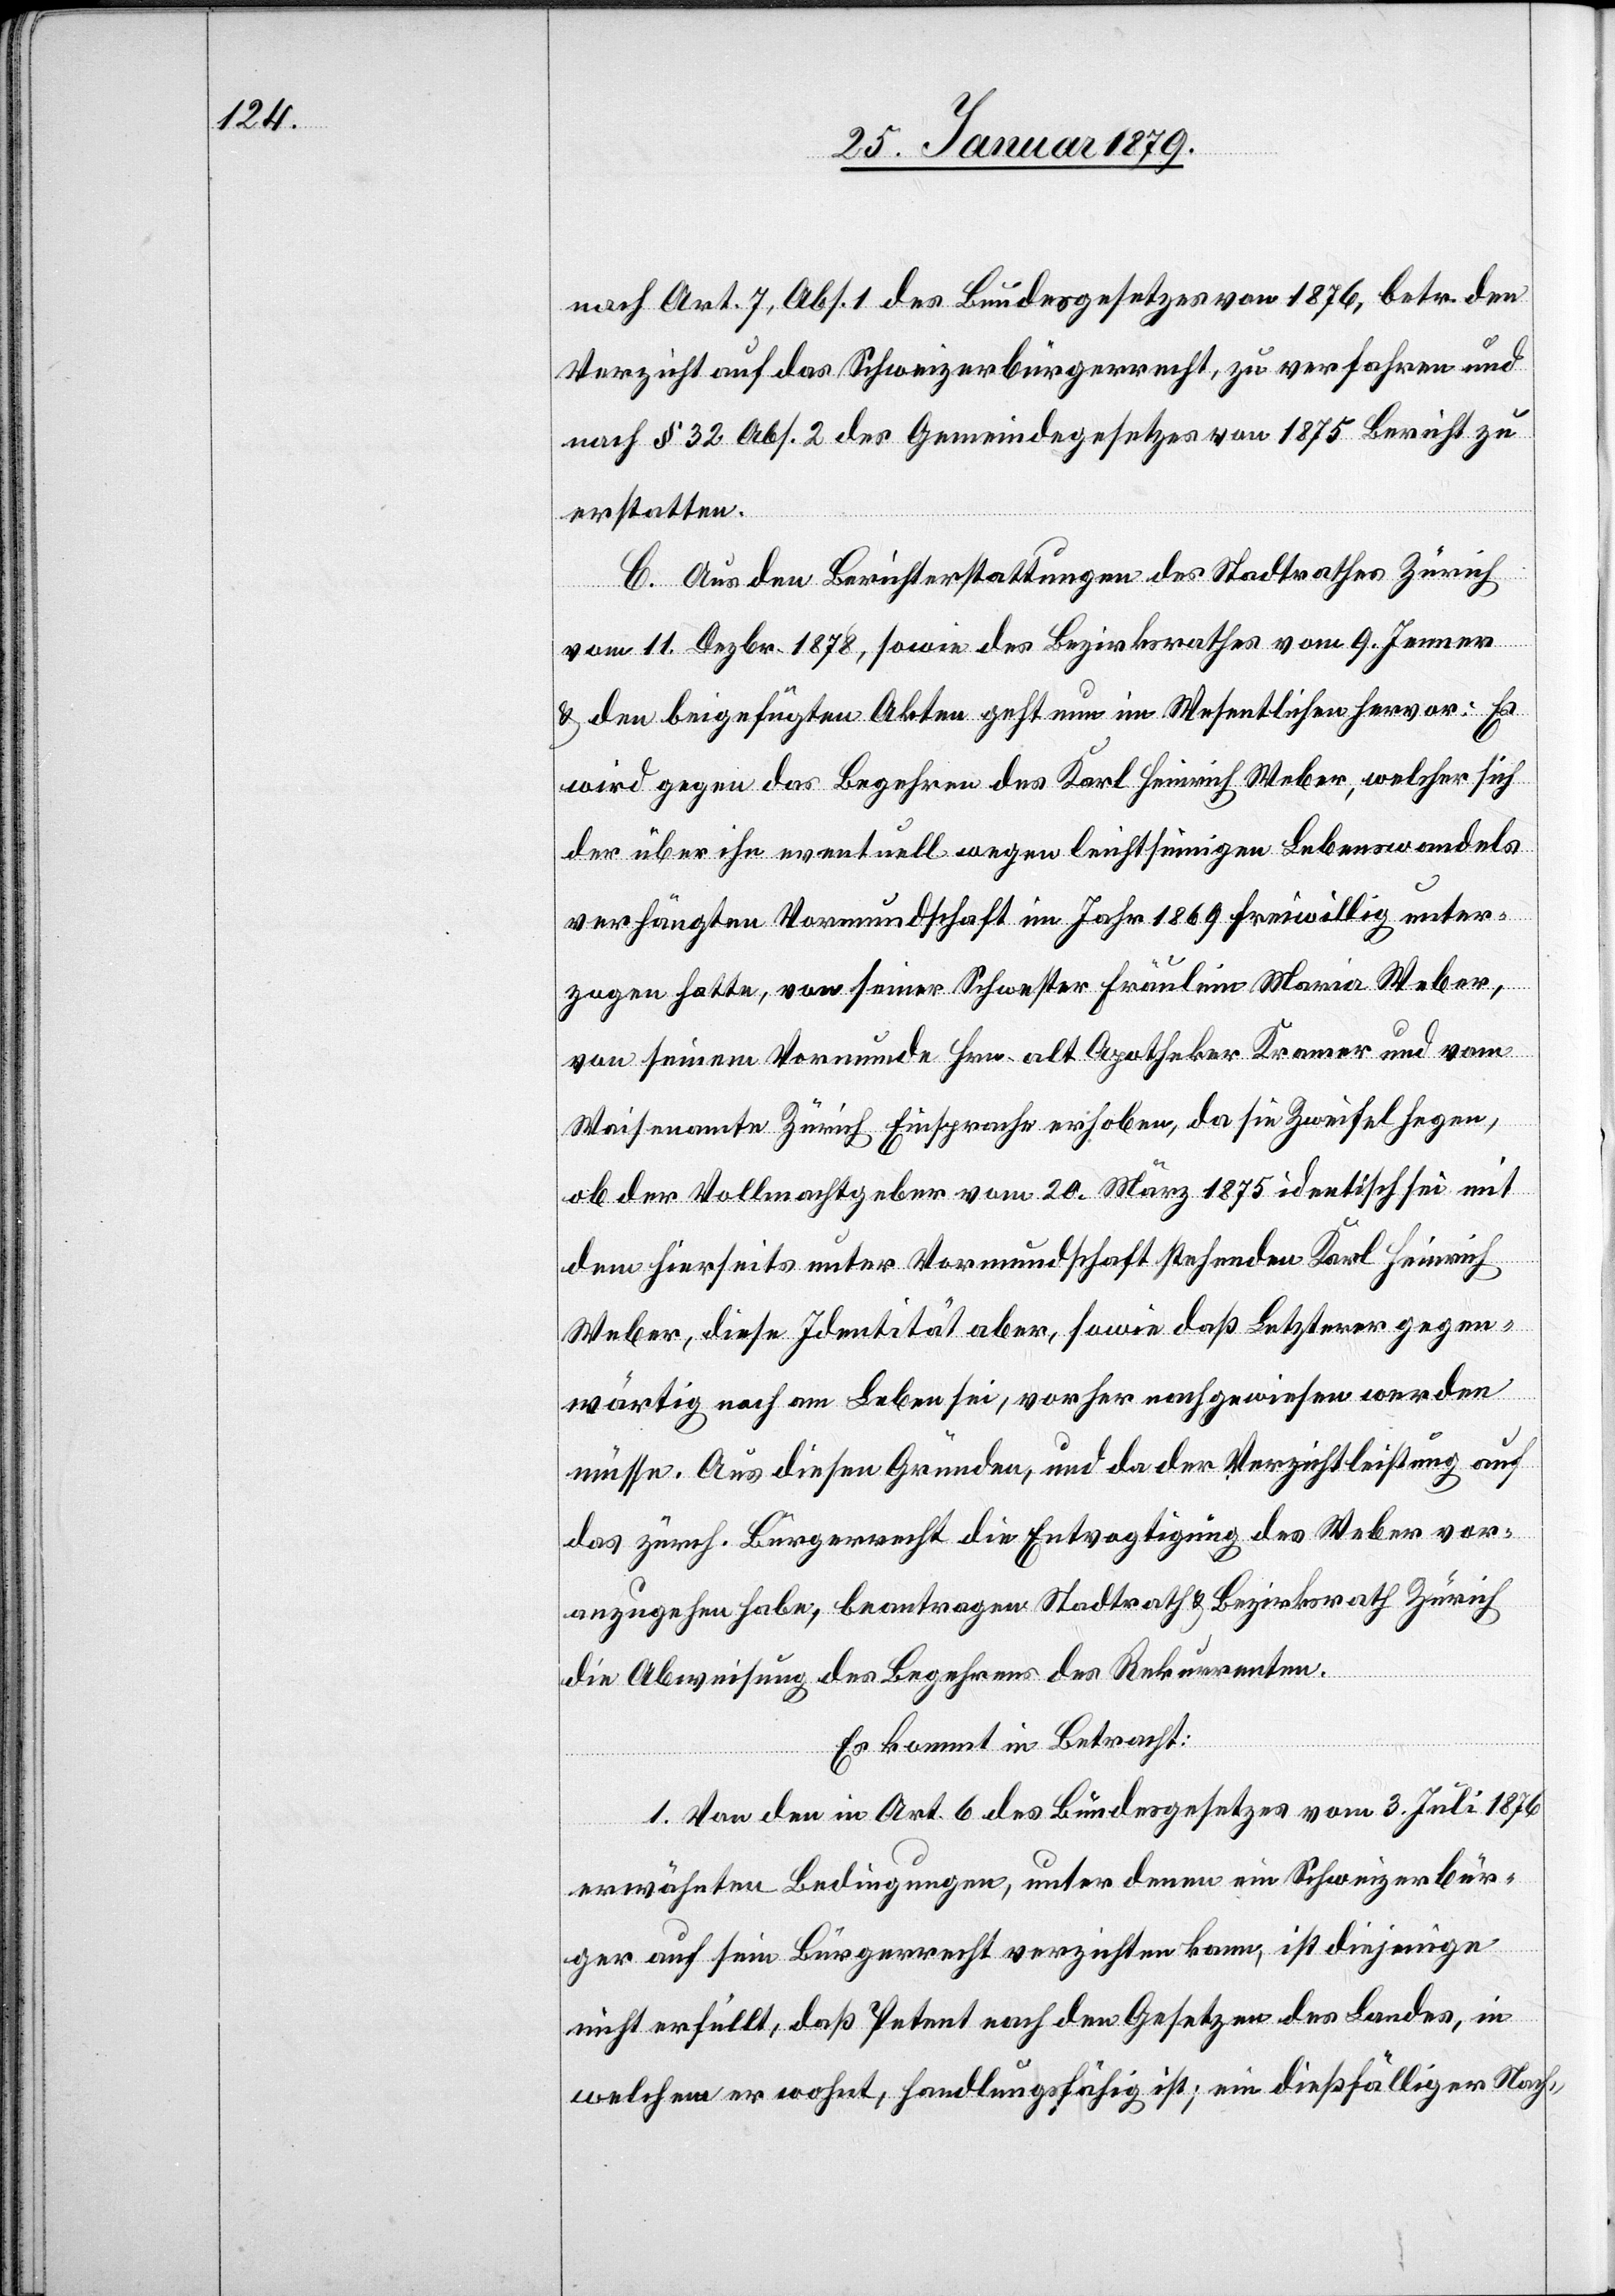
nach Art. 7, Abs. 1 des Bundesgesetzes von 1876, betr. den
Verzicht auf das Schweizerbürgerrecht, zu verfahren und
nach § 32 Abs. 2 des Gemeindegesetzes von 1875 Bericht zu
erstatten.
C. Aus den Berichterstattungen des Stadtrathes Zürich
vom 11. Dezbr. 1878, sowie des Bezirksrathes vom 9. Jenner
& den beigefügten Akten geht nun im Wesentlichen hervor: Es
wird gegen das Begehren des Karl Heinrich Weber, welcher sich
der über ihn eventuell wegen leichtsinnigen Lebenswandels
verhängten Vormundschaft im Jahr 1869 freiwillig unter¬
zogen hatte, von seiner Schwester Fräulein Maria Weber,
von seinem Vormunde Hrn. alt Apotheker Kramer und vom
Waisenamte Zürich Einsprache erhoben, da sie Zweifel hegen,
ob der Vollmachtgeber vom 20. März 1875 identisch sei mit
dem hierseits unter Vormundschaft stehenden Karl Heinrich
Weber, diese Identität aber, sowie daß Letzterer gegen¬
wärtig noch am Leben sei, vorher nachgewiesen werden
müsse. Aus diesen Gründen, und da der Verzichtleistung auf
das zürch. Bürgerrecht die Entvogtigung des Weber vor¬
anzugehen habe, beantragen Stadtrath & Bezirksrath Zürich
die Abweisung des Begehrens des Rekurrenten.
Es kommt in Betracht:
1. Von den in Art. 6 des Bundesgesetzes vom 3. Juli 1876
erwähnten Bedingungen, unter denen ein Schweizerbür¬
ger auf sein Bürgerrecht verzichten kann, ist diejenige
nicht erfüllt, daß Petent nach den Gesetzen des Landes, in
welchem er wohnt, handlungsfähig ist; ein dießfälliger Nach-